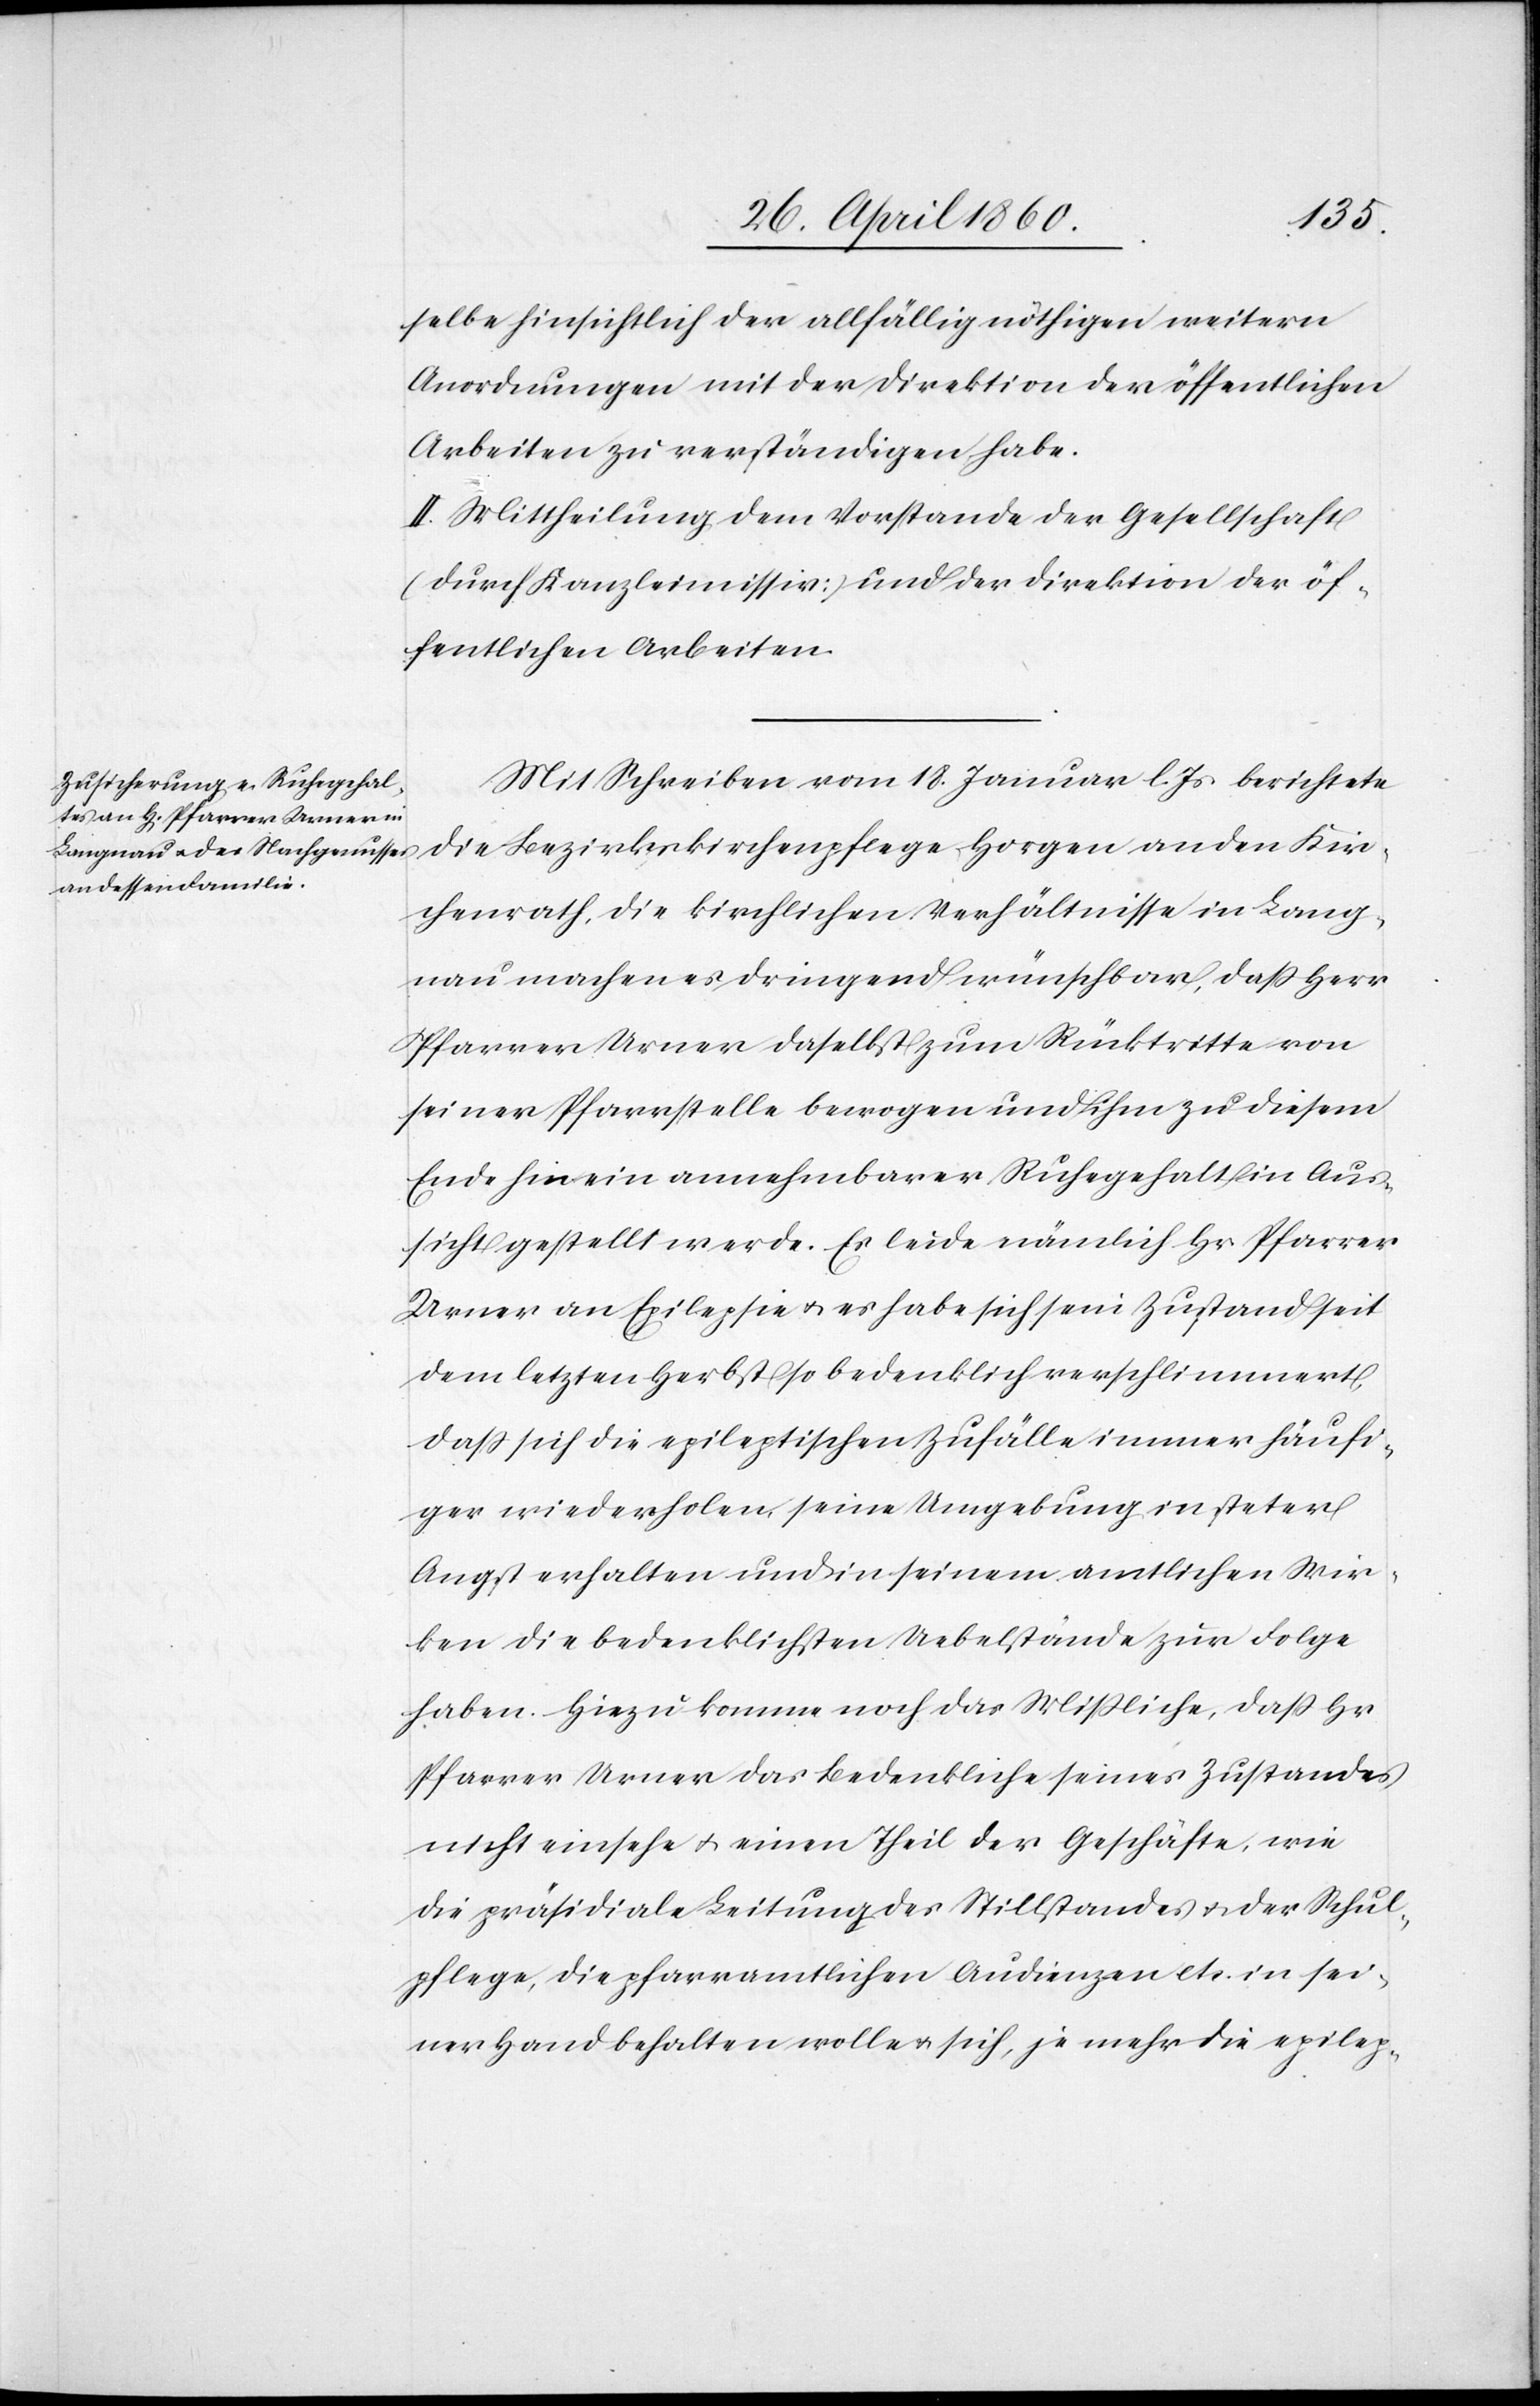
selbe hinsichtlich der allfällig nöthigen weitern
Anordnungen mit der Direktion der öffentlichen
Arbeiten zu verständigen habe.
II. Mittheilung dem Vorstande der Gesellschaft
(durch Kanzleimissiv) und der Direktion der öf¬
fentlichen Arbeiten.
Mit Schreiben vom 18. Januar l. Js. berichtete
die Bezirkskirchenpflege Horgen an den Kir¬
chenrath, die kirchlichen Verhältnisse in Lang¬
nau machen es dringend wünschbar, dass Herr
Pfarrer Urner daselbst zum Rücktritte von
seiner Pfarrstelle bewogen und ihm zu diesem
Ende hin ein annehmbarer Ruhegehalt in Aus¬
sicht gestellt werde. Es leide nämlich Hr. Pfarrer
Urner an Epilepsie u. es habe sich sein Zustand seit
dem letzten Herbst so bedenklich verschlimmert,
dass sich die epileptischen Zufälle immer häufi¬
ger wiederholen, seine Umgebung in steter
Angst erhalten und in seinem amtlichen Wir¬
ken die bedenklichsten Uebelstände zur Folge
haben. Hiezu komme noch das Mißliche, dass Hr.
Pfarrer Urner das Bedenkliche seines Zustandes
nicht einsehe u. einen Theil der Geschäfte, wie
die präsidiale Leitung des Stillstandes u. der Schul¬
pflege, die pfarramtlichen Audienzen etc. in sei¬
ner Hand behalten wolle u. sich, je mehr die epilep-